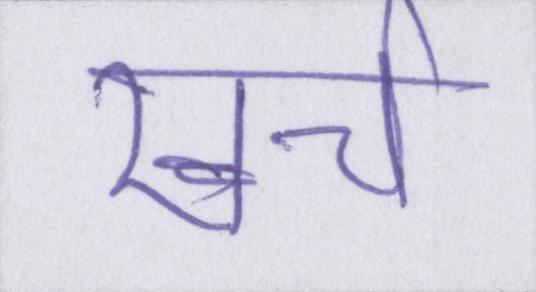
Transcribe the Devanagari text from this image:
खर्च